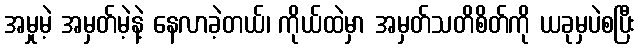
အမှုမဲ့ အမှတ်မဲ့နဲ့ နေလာခဲ့တယ်၊ ကိုယ်ထဲမှာ အမှတ်သတိစိတ်ကို ယခုမှပဲစပြီး